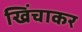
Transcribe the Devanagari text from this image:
खिंचाकर